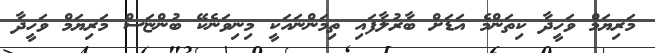
މަރިޔަމް ވަހީދާ ކިތަންމެ އަޑަށް ބާރުލާފައި ތިމަންނައަކީ މިނިވަނެކޭ ބުންޏަސް މަރިޔަމް ވަހީދާ